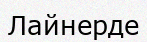
Лайнерде